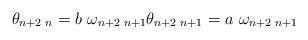
LaTeX: \begin{align*} \theta_{n+2\,\,n} = b\,\,\omega_{n+2\,\,n+1} \theta_{n+2\,\,n+1} = a\,\,\omega_{n+2\,\,n+1}\end{align*}